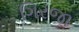
ગિરજા